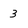
Character: 3